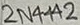
Text: 2N4442